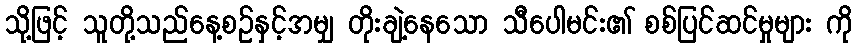
သို့ဖြင့် သူတို့သည်နေ့စဉ်နှင့်အမျှ တိုးချဲ့နေသော သီပေါမင်း၏ စစ်ပြင်ဆင်မှုများ ကို